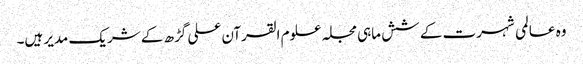
وہ عالمی شہرت کے شش ماہی مجلہ علوم القرآن علی گڑھ کے شریک مدیر ہیں۔